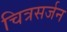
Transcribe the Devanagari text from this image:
चित्रसर्जन